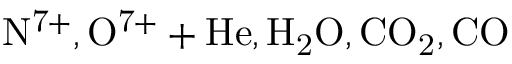
\mathrm { N ^ { 7 + } , O ^ { 7 + } + H e , H _ { 2 } O , C O _ { 2 } , C O }